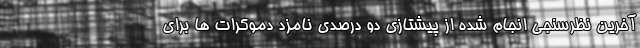
آخرین نظرسنجی انجام شده از پیشتازی دو درصدی نامزد دموکرات ها برای